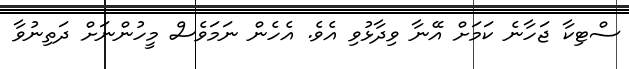
ސްޓިކާ ޖަހާނެ ކަމަށް އޭނާ ވިދާޅުވި އެވެ. އެހެން ނަމަވެސް މީހުންނަށް ދަތިނުވާ